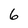
Character: 6